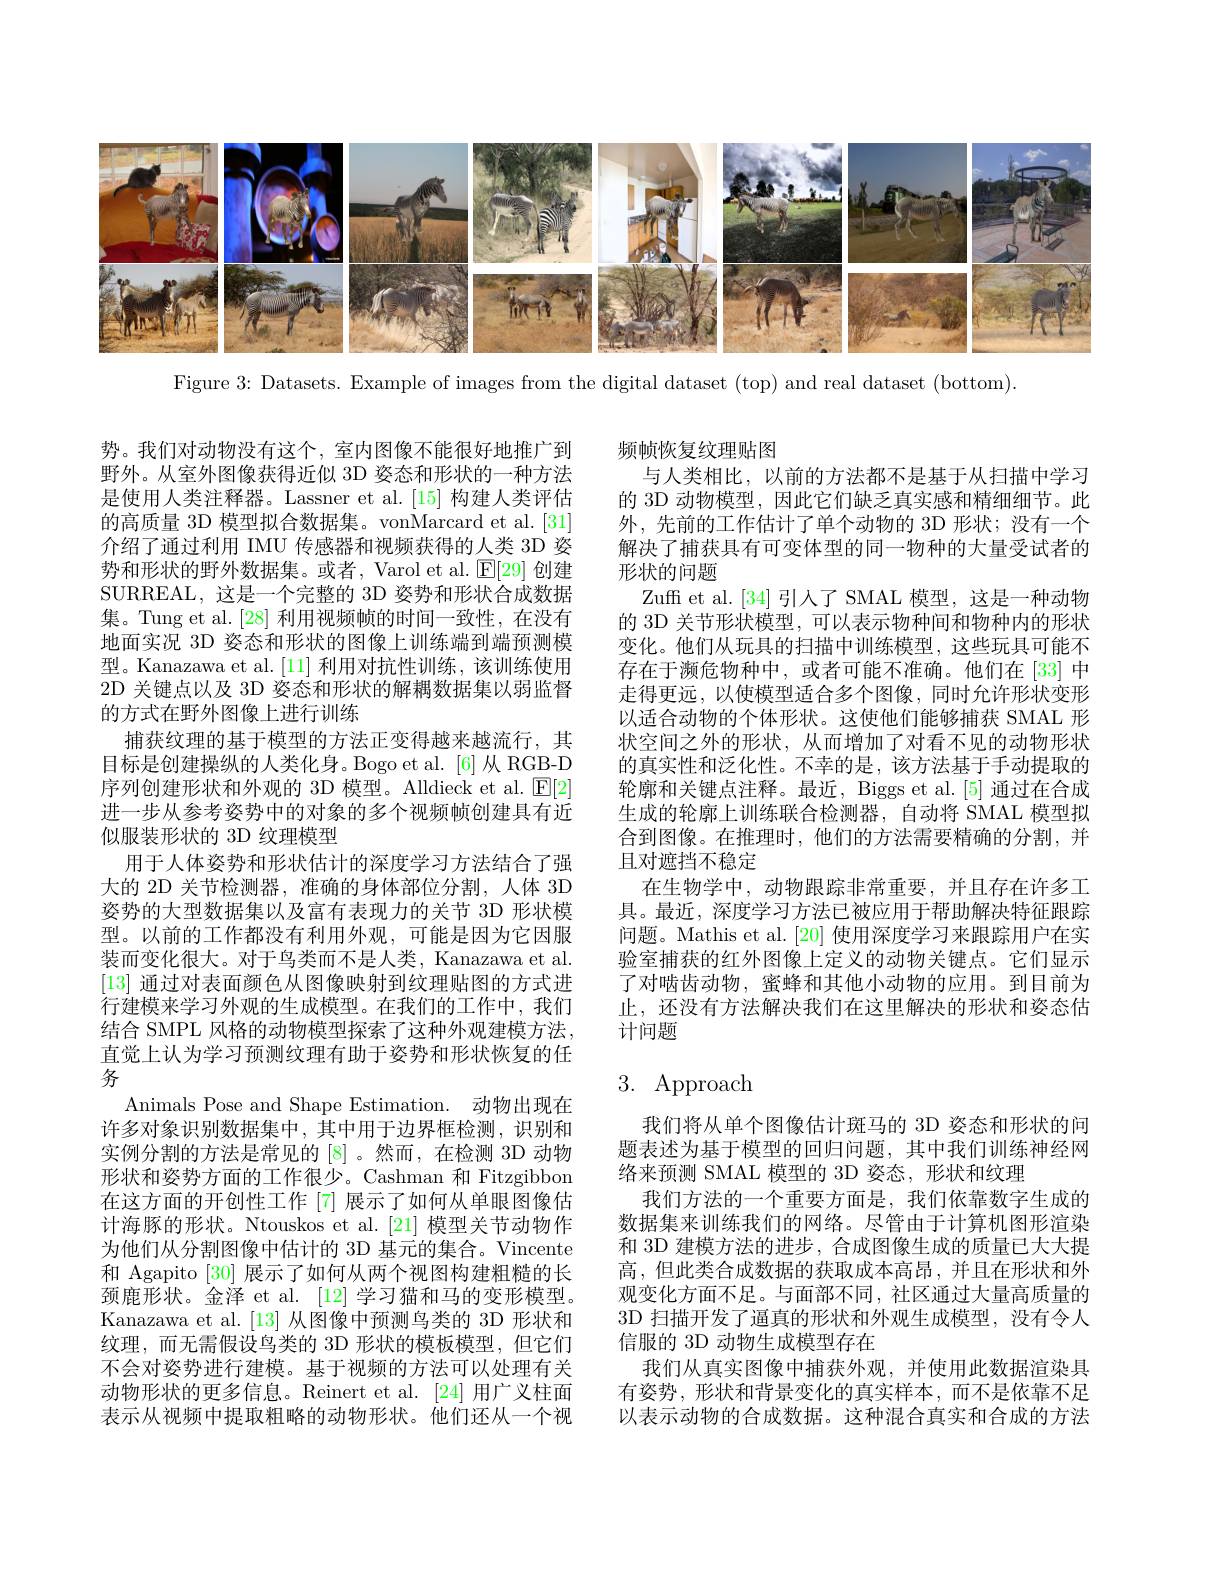
<FigureHere>

Figure 3: Datasets. Example of images from the digital dataset (top) and real dataset (bottom).

频帧恢复纹理贴图
与人类相比，以前的方法都不是基于从扫描中学习的 3D 动物模型，因此它们缺乏真实感和精细细节。此外，先前的工作估计了单个动物的 3D 形状；没有一个解决了捕获具有可变体型的同一物种的大量受试者的形状的问题
Zuff et al.[34] 引人了 SMAL 模型，这是一种动物的 3D 关节形状模型，可以表示物种间和物种内的形状变化。他们从玩具的扫描中训练模型，这些玩具可能不存在于濒危物种中，或者可能不准确。他们在[33]中走得更远，以使模型适合多个图像，同时允许形状变形以适合动物的个体形状。这使他们能够捕获 SMAL 形状空间之外的形状，从而增加了对看不见的动物形状的真实性和泛化性。不幸的是，该方法基于手动提取的轮廓和关键点注释。最近，Biggs et al.[5] 通过在合成生成的轮廓上训练联合检测器，自动将 SMAL 模型拟合到图像。在推理时，他们的方法需要精确的分割，并且对遮挡不稳定
在生物学中，动物跟踪非常重要，并且存在许多工具。最近，深度学习方法已被应用于帮助解决特征跟踪问题。Mathis et al. [20] 使用深度学习来跟踪用户在实验室捕获的红外图像上定义的动物关键点。它们显示了对啮齿动物，蜜蜂和其他小动物的应用。到目前为止，还没有方法解决我们在这里解决的形状和姿态估计问题

势。我们对动物没有这个，室内图像不能很好地推广到野外。从室外图像获得近似 3D 姿态和形状的一种方法是使用人类注释器。Lassner et al.[15] 构建人类评估的高质量 3D 模型拟合数据集。vonMarcard et al.[31] 介绍了通过利用 IMU 传感器和视频获得的人类 3D 姿势和形状的野外数据集。或者，Varol et al. $\mathbb{E}[29]$创建SURREAL, 这是一个完整的 3D 姿势和形状合成数据集。Tung et al. [28] 利用视频帧的时间一致性，在没有地面实况 3D 姿态和形状的图像上训练端到端预测模型。Kanazawa et al.[11] 利用对抗性训练，该训练使用2D 关键点以及 3D 姿态和形状的解耦数据集以弱监督的方式在野外图像上进行训练
捕获纹理的基于模型的方法正变得越来越流行，其目标是创建操纵的人类化身。Bogo et al.[6]从 RGB-D 序列创建形状和外观的 3D 模型。Alldieck et al. $\operatorname{E}[2]$ 进一步从参考姿势中的对象的多个视频帧创建具有近似服装形状的 3D 纹理模型
用于人体姿势和形状估计的深度学习方法结合了强大的 2D 关节检测器，准确的身体部位分割，人体 3D 姿势的大型数据集以及富有表现力的关节 3D 形状模型。以前的工作都没有利用外观，可能是因为它因服装而变化很大。对于鸟类而不是人类，Kanazawa et al. [13]通过对表面颜色从图像映射到纹理贴图的方式进行建模来学习外观的生成模型。在我们的工作中，我们结合 SMPL 风格的动物模型探索了这种外观建模方法， 直觉上认为学习预测纹理有助于姿势和形状恢复的任务
Animals Pose and Shape Estimation. 动物出现在许多对象识别数据集中，其中用于边界框检测，识别和实例分割的方法是常见的 [8] 。然而，在检测 3D 动物形状和姿势方面的工作很少。Cashman 和 Fitzgibbon 在这方面的开创性工作[7]展示了如何从单眼图像估计海豚的形状。Ntouskos et al.[21] 模型关节动物作为他们从分割图像中估计的 3D 基元的集合。Vincente 和 Agapito [30]展示了如何从两个视图构建粗糙的长颈鹿形状。金泽 et al. [12] 学习猫和马的变形模型。Kanazawa et al.[13] 从图像中预测鸟类的 3D 形状和纹理，而无需假设鸟类的 3D 形状的模板模型，但它们不会对姿势进行建模。基于视频的方法可以处理有关动物形状的更多信息。Reinert et al. [24] 用广义柱面表示从视频中提取粗略的动物形状。他们还从一个视

# 3. Approach

我们将从单个图像估计斑马的 3D 姿态和形状的问题表述为基于模型的回归问题，其中我们训练神经网络来预测 SMAL 模型的 3D 姿态，形状和纹理
我们方法的一个重要方面是，我们依靠数字生成的数据集来训练我们的网络。尽管由于计算机图形渲染和 3D 建模方法的进步 ,合成图像生成的质量已大大提高，但此类合成数据的获取成本高昂，并且在形状和外观变化方面不足。与面部不同，社区通过大量高质量的3D 扫描开发了逼真的形状和外观生成模型，没有令人信服的 3D 动物生成模型存在
我们从真实图像中捕获外观，并使用此数据渲染具有姿势，形状和背景变化的真实样本，而不是依靠不足以表示动物的合成数据。这种混合真实和合成的方法